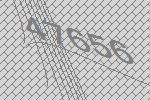
47656